Plague in India, 1896, 1897 - Volume 3
Year: 1896
Disease focus: Plague
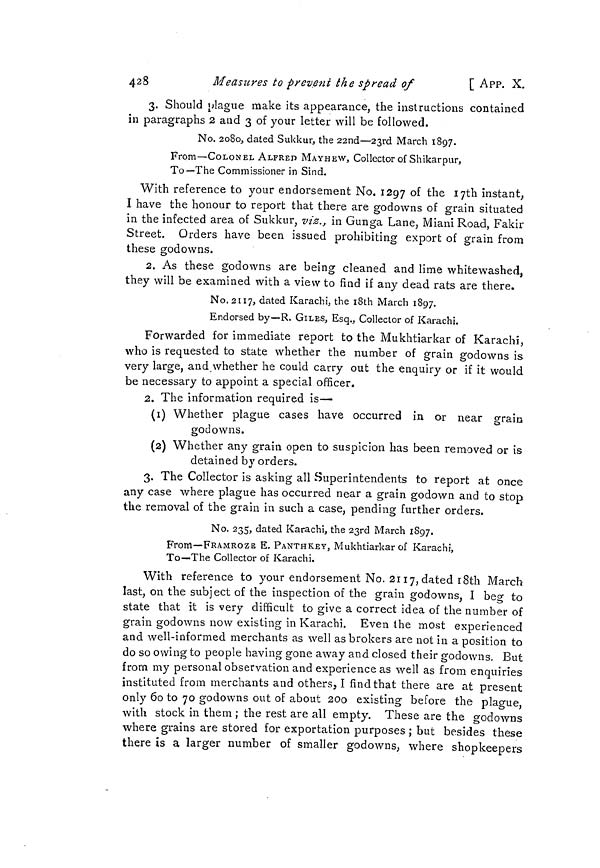
428
Measures to prevent the spread of
[ APP. X.
3. Should plague make its appearance, the instructions contained
in paragraphs 2 and 3 of your letter will be followed.
No. 2080, dated Sukkur, the 22nd—23rd March 1897.
From—COLONEL ALPRED MAYHEW, Collector of Shikar pur,
To—The Commissioner in Sind.
With reference to your endorsement No. 1297 °f the I7th instant,,
I have the honour to report that there are godowns of grain situated
in the infected area of Sukkur, viz., in Gunga Lane, Miani Road, Fakir
Street. Orders have been issued prohibiting export of grain from
these godowns.
2. As these godowns are being cleaned and lime whitewashed,
they will be examined with a view to find if any dead rats are there.
No. 2117, dated Karachi, the iSth March 1897.
Endorsed by—R. GILES, Esq., Collector of Karachi.
Forwarded for immediate report to the Mukhtiarkar of Karachi,
who is requested to state whether the number of grain godowns is
very large, and.whether he could carry out the enquiry or if it would
be necessary to appoint a special officer.
2. The information required is—
(1) Whether plague cases have occurred in or near grain
godowns.
(2) Whether any grain open to suspicion has been removed or is
detained by orders.
3. The Collector is asking all Superintendents to report at onee
any case where plague has occurred near a grain godown and to stop
the removal of the grain in such a case, pending further orders.
No. 235, dated Karachi, the 23rd March 1897.
From—FRAMROZE E. PANTHK.EY, Mukhtiarkar of Karachi,
To—The Collector of Karachi.
With reference to your endorsement No. 2117, dated 18th March
last, on the subject of the inspection of the grain godowns, I beg to
state that it is very difficult to give a correct idea of the number of
grain godowns now existing in Karachi. Even the most experienced
and well-informed merchants as well as brokers are not in a position to
do so owing to people having gone away and closed their godowns. But
from my personal observation and experience as well as from enquiries
instituted from merchants and others, I find that there are at present
only 60 to 70 godowns out of about 200 existing before the plague,
with stock in them ; the rest are all empty. These are the godowns
where grains are stored for exportation purposes ; but besides these
there is a larger number of smaller godowns, where shopkeepers